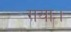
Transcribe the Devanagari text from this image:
गया।